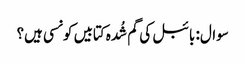
سوال: بائبل کی گم شُدہ کتابیں کونسی ہیں؟